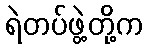
ရဲတပ်ဖွဲ့တို့က